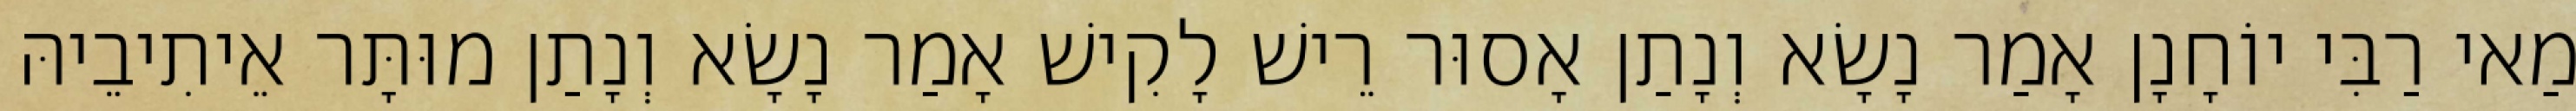
מַאי רַבִּי יוֹחָנָן אָמַר נָשָׂא וְנָתַן אָסוּר רֵישׁ לָקִישׁ אָמַר נָשָׂא וְנָתַן מוּתָּר אֵיתִיבֵיהּ